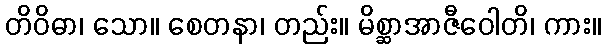
တိဝိဓာ၊ သော။ စေတနာ၊ တည်း။ မိစ္ဆာအာဇီဝေါတိ၊ ကား။